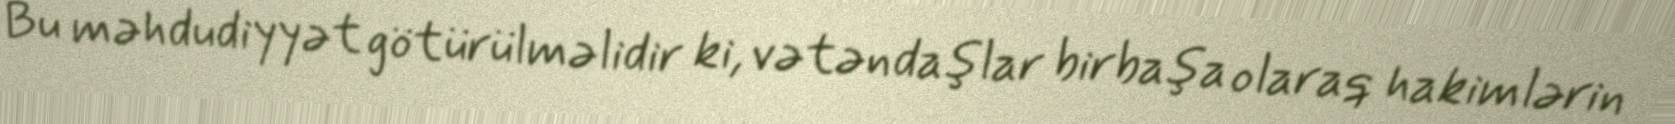
Bu məhdudiyyət götürülməlidir ki, vətəndaşlar birbaşa olaraq hakimlərin